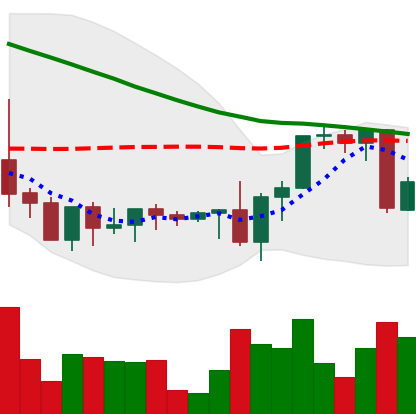
Ticker: XRP-USD
Chart end date: 2022-09-14
Forward return: 13.152%
Label: up_7plus